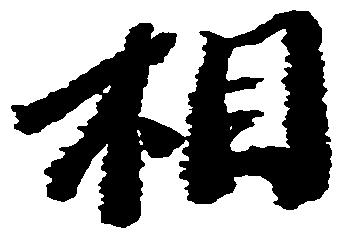
相